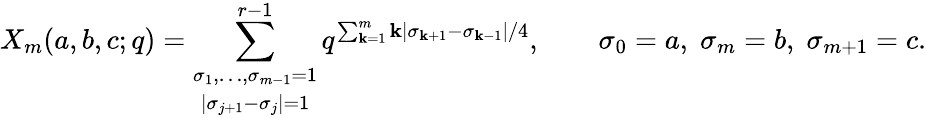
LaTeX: X_{m}(a,b,c;q)=\sum_{\begin{array}{c}{{\scriptstyle\sigma_{1},\ldots,\sigma_{m-1}=1}}\\ {{\scriptstyle|\sigma_{j+1}-\sigma_{j}|=1}}\end{array}}^{r-1}q^{\sum_{\mathbf{k}=1}^{m}\mathbf{k}|\sigma_{\mathbf{k}+1}-\sigma_{\mathbf{k}-1}|/4},\qquad\sigma_{0}=a,\; \sigma_{m}=b,\; \sigma_{m+1}=c.